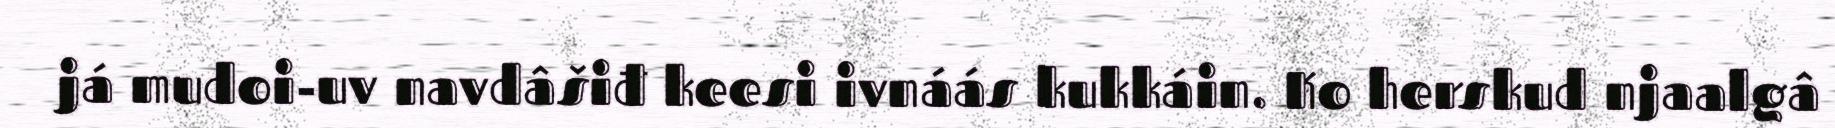
já mudoi-uv navdâšiđ keesi ivnáás kukkáin. Ko herskud njaalgâ